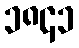
၁၈၄၁